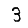
Digit: 3